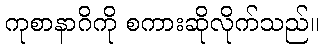
ကုစာနာဂိကို စကားဆိုလိုက်သည်။